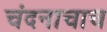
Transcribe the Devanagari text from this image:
चंदनाचाच